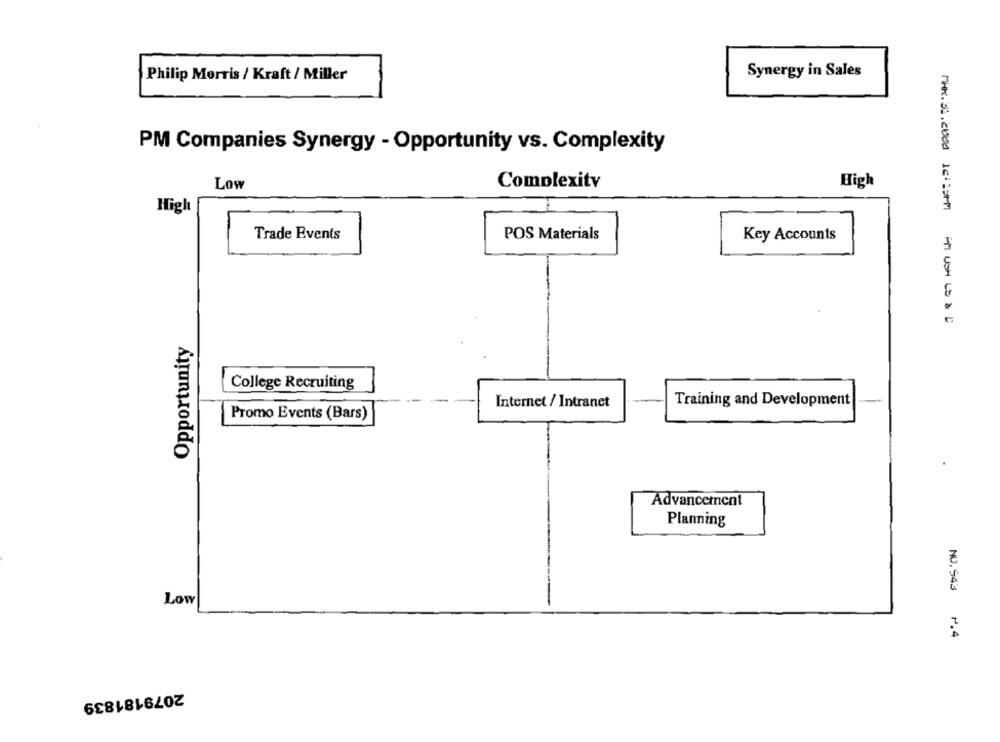
Synergy in Sales
Philip Morris / Kraft / Miller
PM Companies Synergy - Opportunity vs. Complexity
Low
Complexity
High
High
Trade Events
POS Materials
Key Accounts
Opportunity
College Recruiting
Internet / Intranet
Training and Development
Promo Events (Bars)
Advancement
Planning
Low
NO.943 ~. 4
2079181839